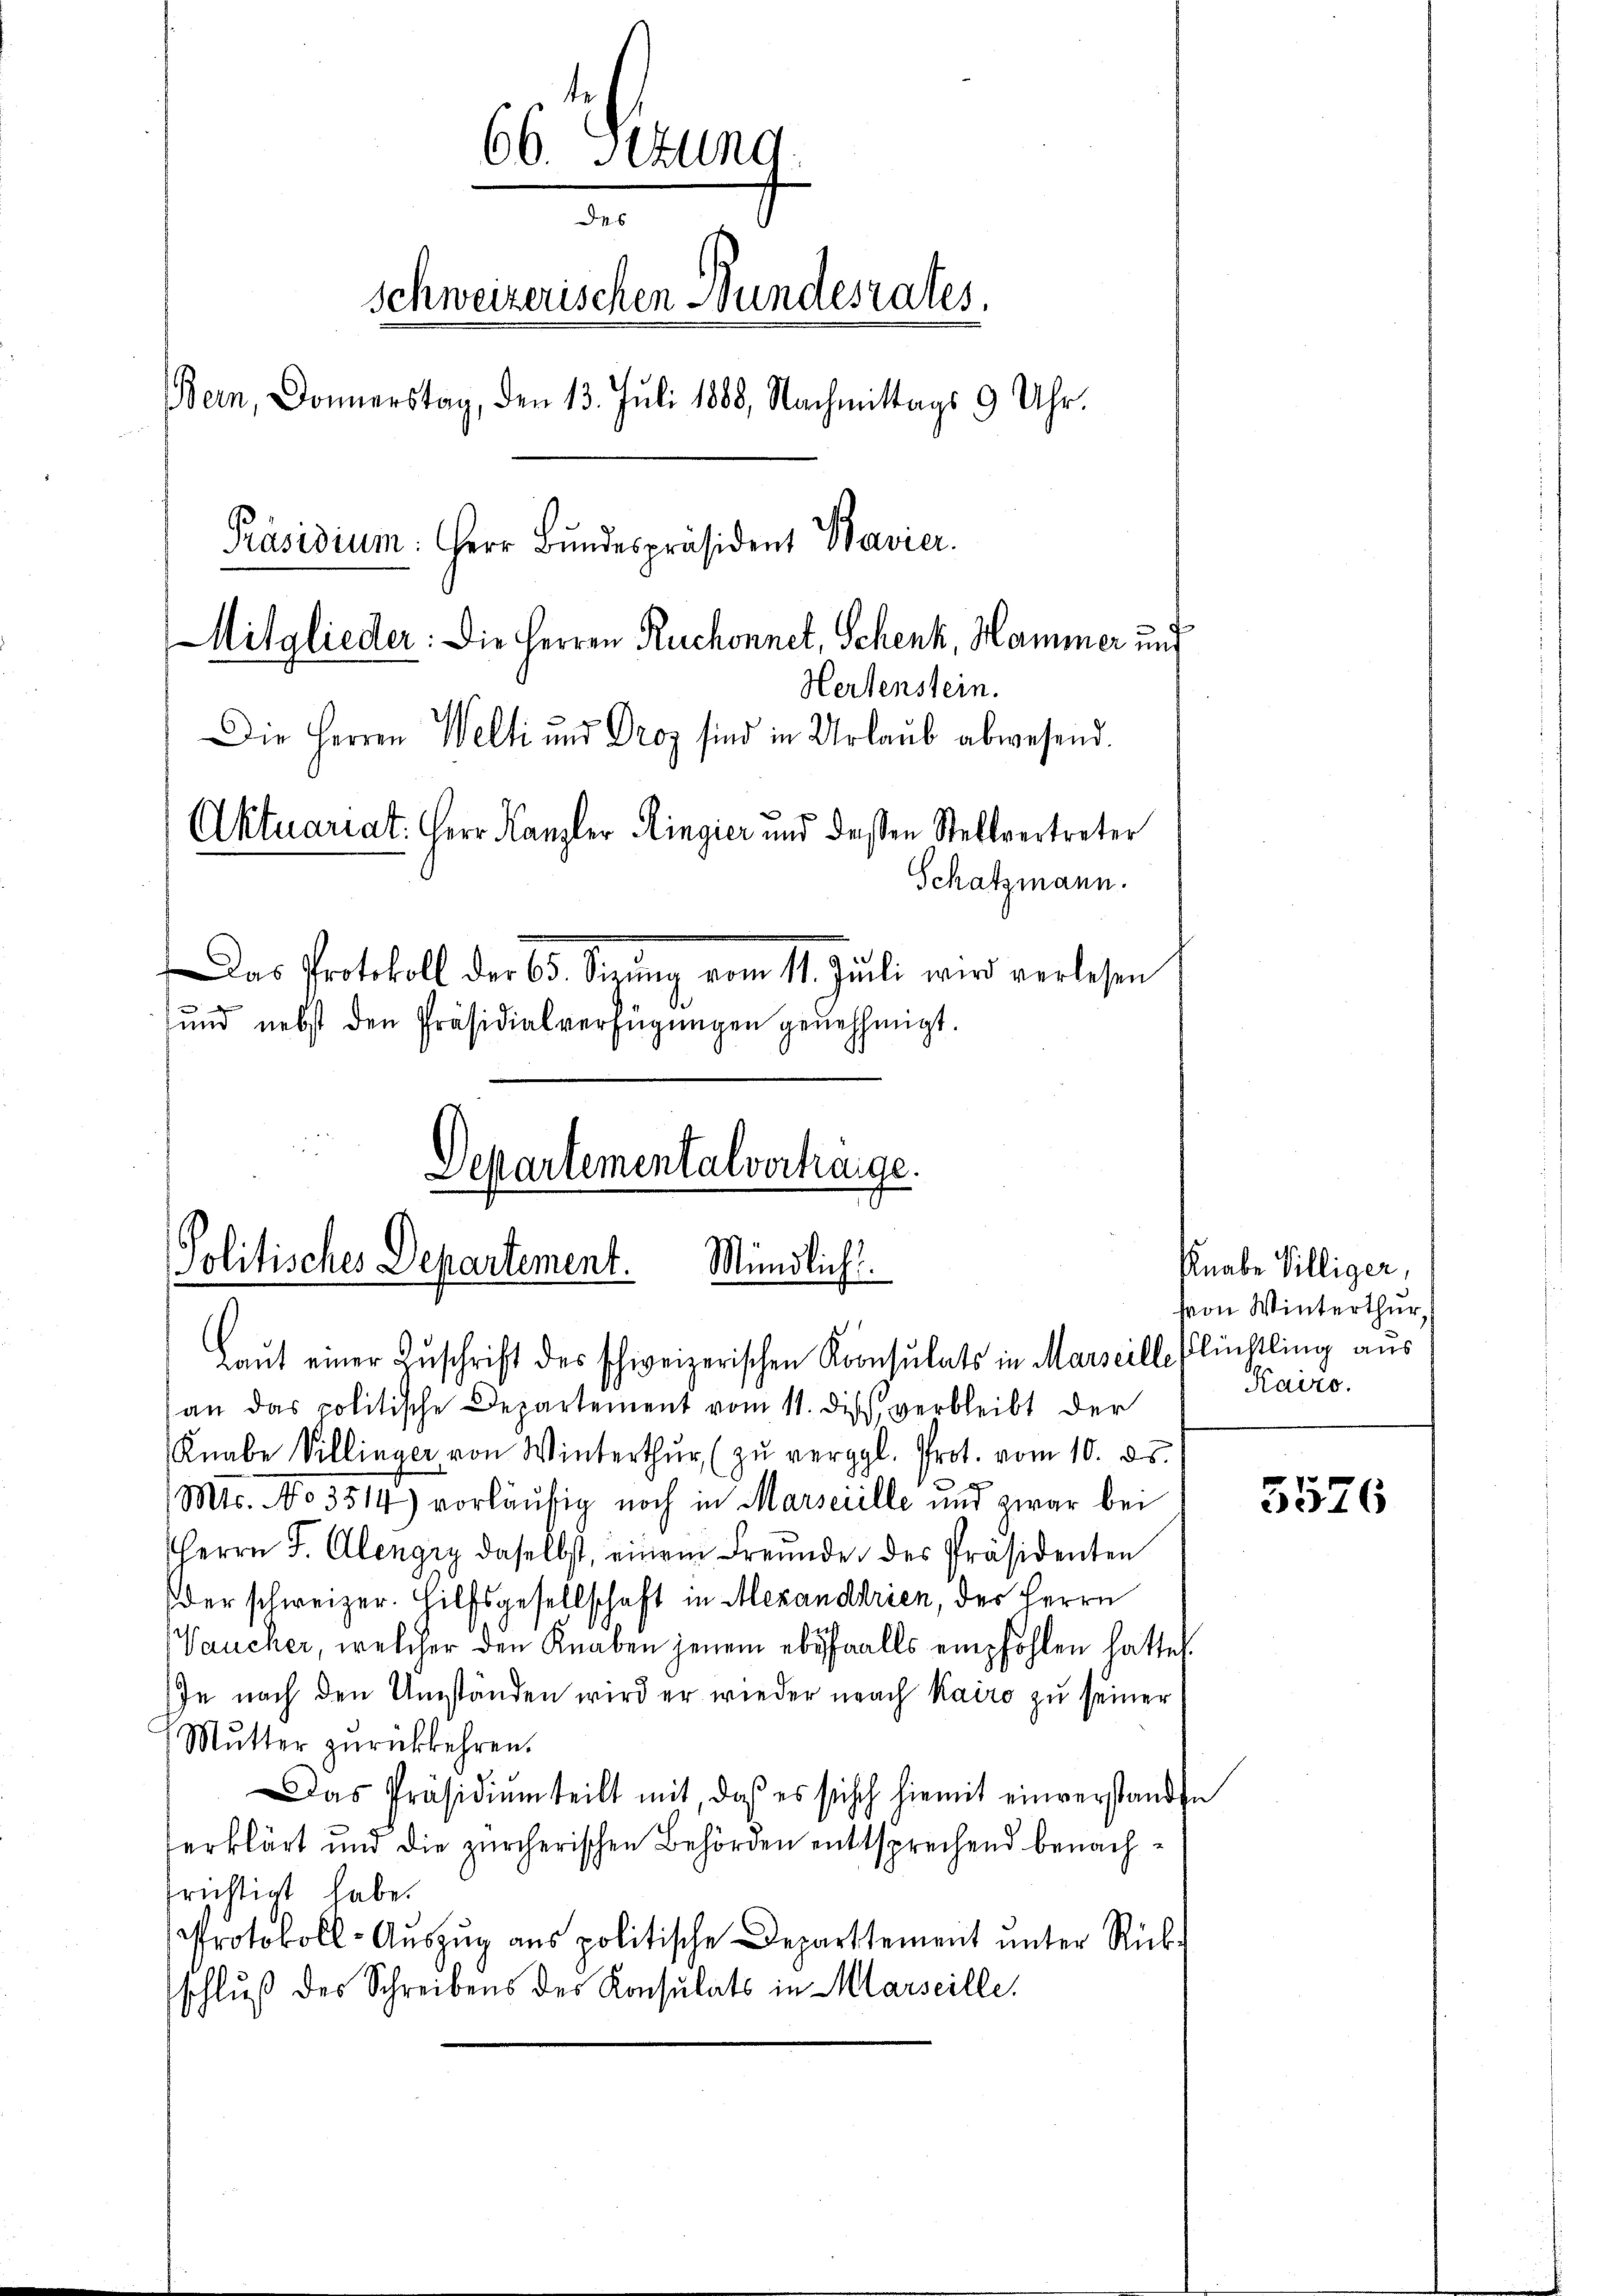
66. Seizung
6
Schweizerischen Bundesrates.
Bern, Donnerstag, den 13. Juli 1888, Nachmittags 9 Uhr.
Präsidium: Herr Bundespräsident Bavier.

Mitglieder: Die Herren Ruchonnet, Schenk, Hammer und
Hertenstein.
Die Herren Welti und Droz sind in Urlaŭb abwesend.
Aktuariat. Herr Kanzler Ringier und deßen Stellvertreter
Schatzmann.
Das Protokoll der 65. Sigung vom 11. Jŭli wird verlesen
und nebst den Präsidialverfügungen genehmigt.

Departementalvertrage.
Politisches Departement. Mündlich.
Laut einer Zuschrift des schweizerischen Konsulats in Marseille Flinkling aus

an das politische Departement vom 11. des verbleibt der
Knabe Villinger von Winterthŭr (zŭ vergl. Prot. vom 10. ds.
Mts. No 3514) vorläufig noch in Marseille und zwar bei
Herrn J. Clengry daselbst, einem Freunde des Präsidenten
der schweizer. Hilfsgesellschaft in Alexanddrien, der Herrn
Vaucher, welcher den Knaben jenem ebenfalls empfohlen hatte
Je nach den Umständen wird er wieder nach Kairo zu seiner
Mutter zurückkehren.
Das Präsidiŭmteilt mit, daß es sich hiemit einverstandte
erklärt und die zürcherischen Behörden enttsprechend benachfrichtigt habe.
Protokoll-Auszug aus politische Departtement unter Rückschluß des Schreibens des Konsulats in Marseille.

Knabe Villiger,
Hon Winterthur,
Kairo.

5576